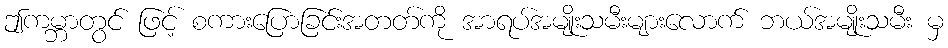
ဤကမ္ဘာတွင် ဖြင့် စကားပြောခြင်းအတတ်ကို အာရပ်အမျိုးသမီးများလောက် ဘယ်အမျိုးသမီး မှ